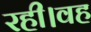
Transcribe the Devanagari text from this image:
रही।वह